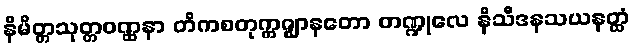
နိမိတ္တသုတ္တဝဏ္ဏနာ တိကစတုက္ကဇ္ဈာနတော တဏ္ဍုလေ နိသီဒနသယနတ္ထံ